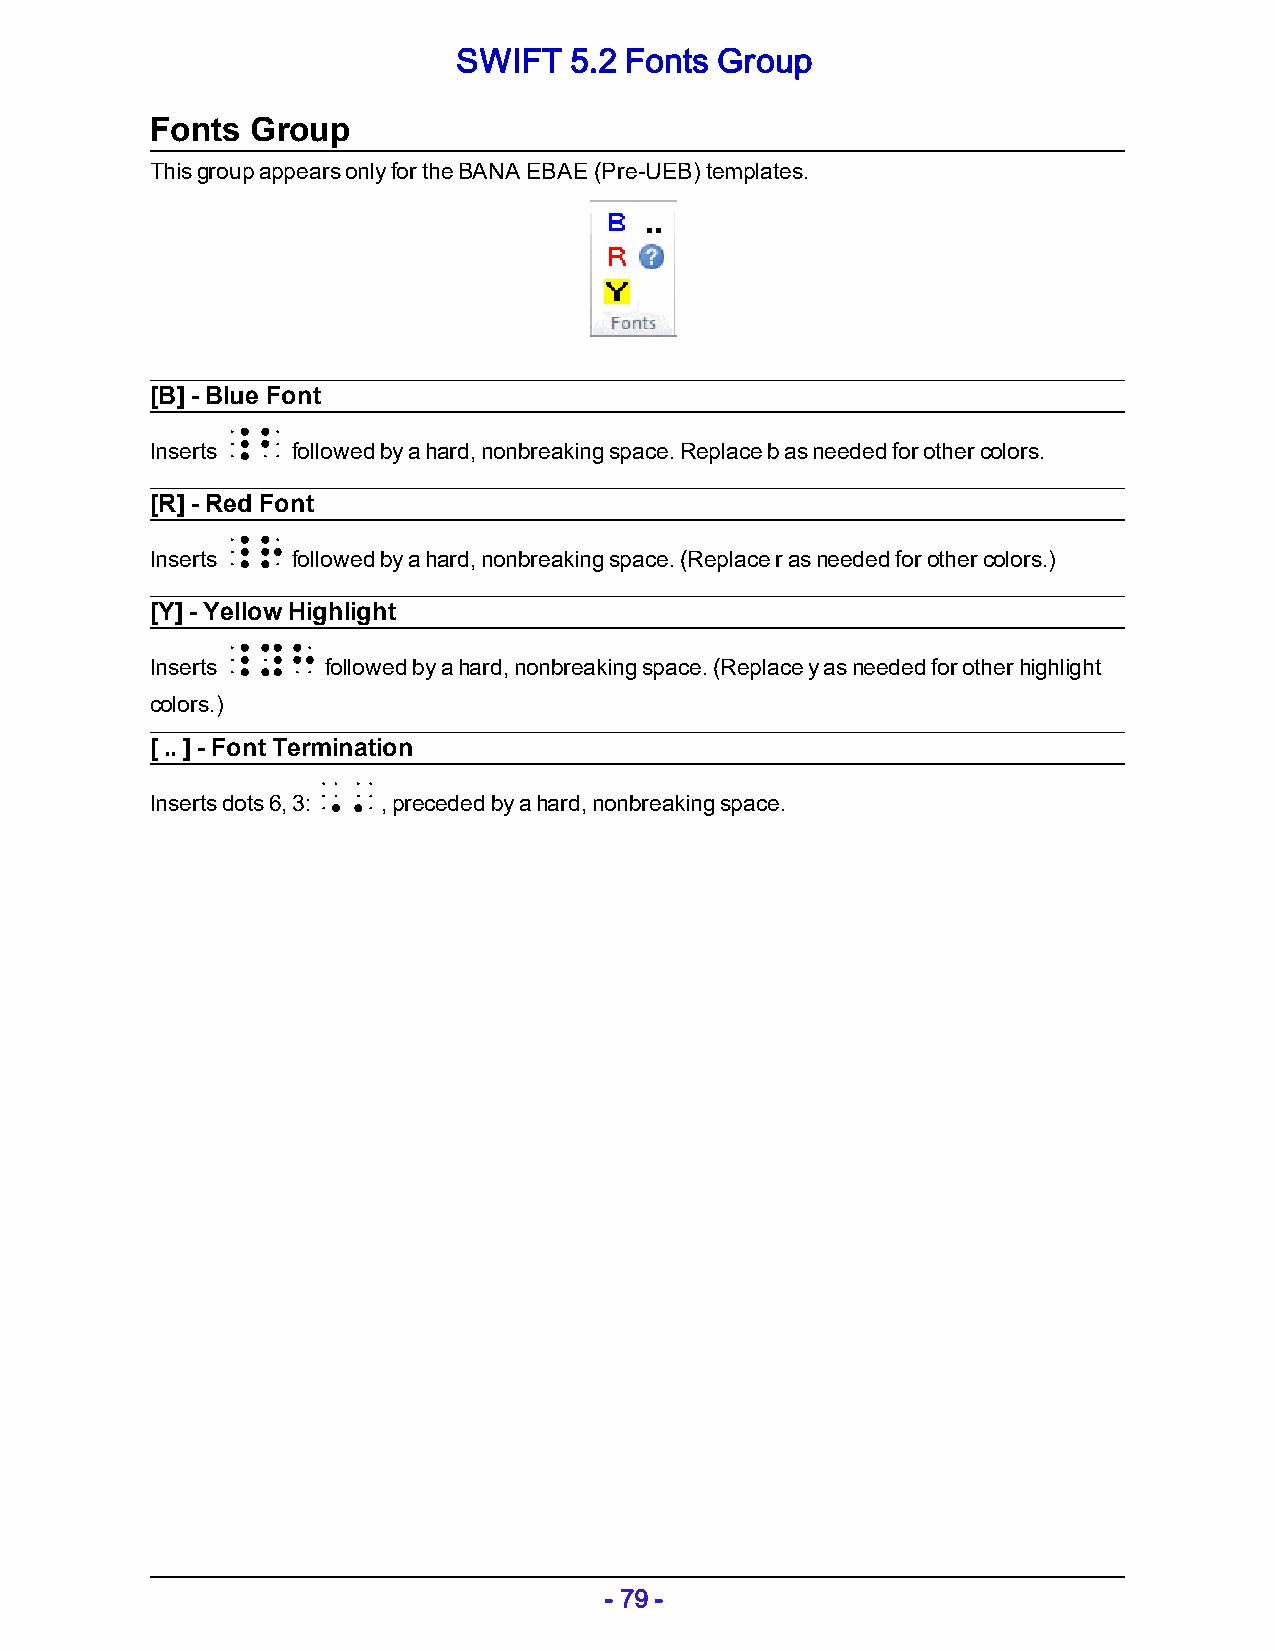
SWIFT   5.2 Fonts Group
 Fonts  Group
 This group appears only for the BANA EBAE (Pre-UEB) templates.
 [B] - Blue Font
 _b
 Inserts  followed by a hard, nonbreaking space. Replace b as needed for other colors.
 [R] - Red Font
 _r
 Inserts  followed by a hard, nonbreaking space. (Replace r as needed for other colors.)
 [Y] - Yellow Highlight
 _yh
 Inserts     followed by a hard, nonbreaking space. (Replace y as needed for other highlight
 colors.)
 [ .. ] - Font Termination
 ,'
 Inserts dots 6, 3: , preceded by a hard, nonbreaking space.
 - 79 -